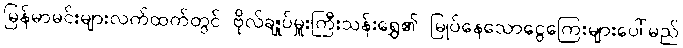
မြန်မာမင်းများလက်ထက်တွင် ဗိုလ်ချုပ်မှူးကြီးသန်းရွှေ၏ မြုပ်နေသောငွေကြေးများပေါ်မည်